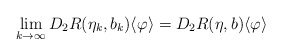
\begin{align*}\lim_{k \to \infty} D_2R(\eta_k, b_k) \langle \varphi \rangle = D_2R(\eta, b) \langle \varphi \rangle\end{align*}